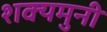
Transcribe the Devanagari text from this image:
शक्यमुनी